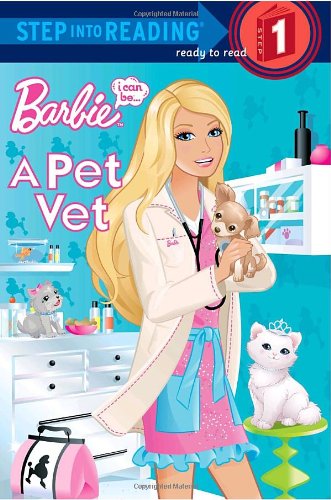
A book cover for Barbie, I Can Be- A Pet Vet (Step into Reading, Step 1); Mary Man-Kong; Children's Books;